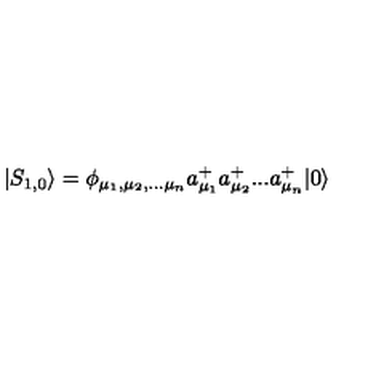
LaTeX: | S _ { 1 , 0 } \rangle = \phi _ { \mu _ { 1 } , \mu _ { 2 } , . . . \mu _ { n } } a _ { \mu _ { 1 } } ^ { + } a _ { \mu _ { 2 } } ^ { + } . . . a _ { \mu _ { n } } ^ { + } | 0 \rangle